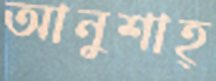
আনুশাহ্